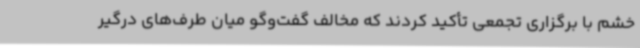
خشم با برگزاری تجمعی تأکید کردند که مخالف گفت‌وگو میان طرف‌های درگیر